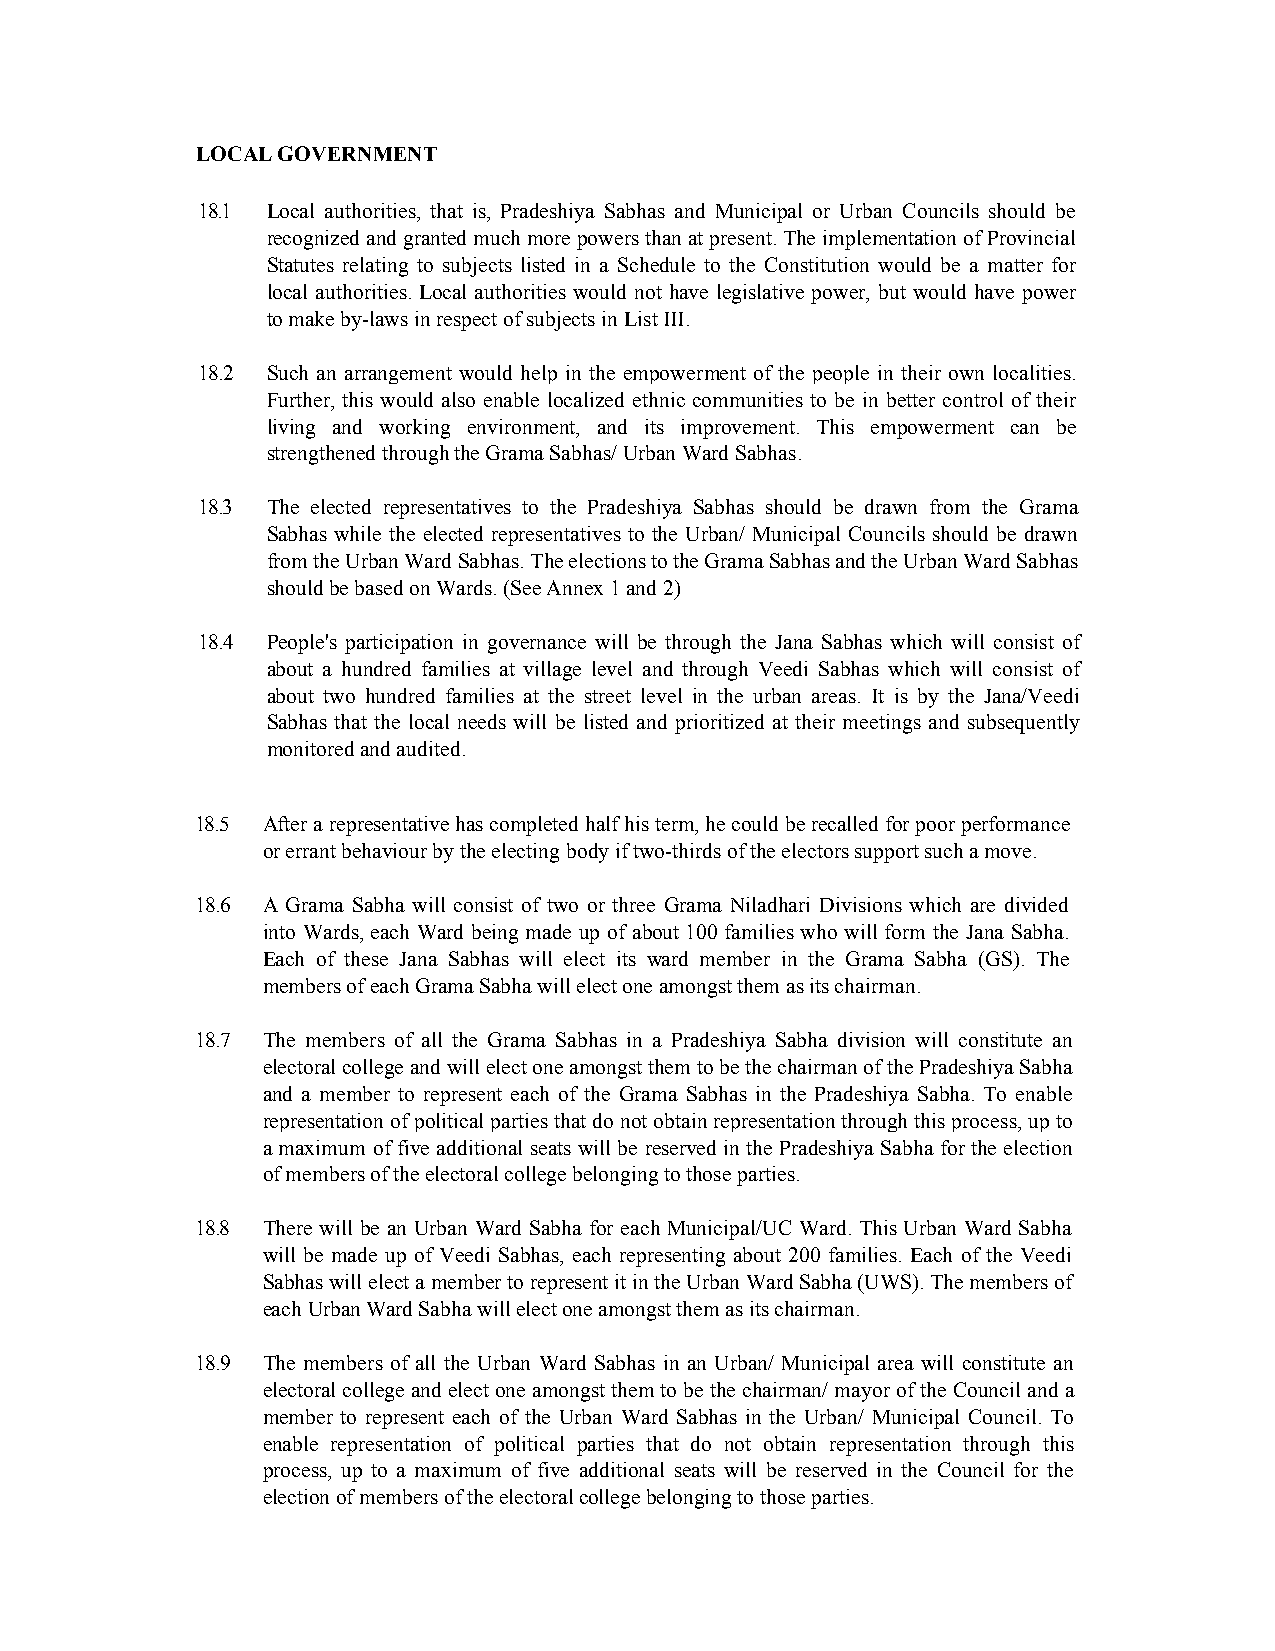
LOCAL GOVERNMENT
 18.1 Local authorities, that is, Pradeshiya Sabhas and Municipal or Urban Councils should be
 recognized and granted much more powers than at present. The implementation of Provincial
 Statutes relating to subjects listed in a Schedule to the Constitution would be a matter for
 local authorities. Local authorities would not have legislative power, but would have power
 to make by-laws in respect of subjects in List III.
 18.2 Such an arrangement would help in the empowerment of the people in their own localities.
 Further, this would also enable localized ethnic communities to be in better control of their
 living and working environment, and its improvement. This empowerment can be
 strengthened through the Grama Sabhas/ Urban Ward Sabhas.
 18.3 The elected representatives to the Pradeshiya Sabhas should be drawn from the Grama
 Sabhas while the elected representatives to the Urban/ Municipal Councils should be drawn
 from the Urban Ward Sabhas. The elections to the Grama Sabhas and the Urban Ward Sabhas
 should be based on Wards. (See Annex 1 and 2)
 18.4 People's participation in governance will be through the Jana Sabhas which will consist of
 about a hundred families at village level and through Veedi Sabhas which will consist of
 about two hundred families at the street level in the urban areas. It is by the Jana/Veedi
 Sabhas that the local needs will be listed and prioritized at their meetings and subsequently
 monitored and audited.
 18.5 After a representative has completed half his term, he could be recalled for poor performance
 or errant behaviour by the electing body if two-thirds of the electors support such a move.
 18.6 A Grama Sabha will consist of two or three Grama Niladhari Divisions which are divided
 into Wards, each Ward being made up of about 100 families who will form the Jana Sabha.
 Each of these Jana Sabhas will elect its ward member in the Grama Sabha (GS). The
 members of each Grama Sabha will elect one amongst them as its chairman.
 18.7 The members of all the Grama Sabhas in a Pradeshiya Sabha division will constitute an
 electoral college and will elect one amongst them to be the chairman of the Pradeshiya Sabha
 and a member to represent each of the Grama Sabhas in the Pradeshiya Sabha. To enable
 representation of political parties that do not obtain representation through this process, up to
 a maximum of five additional seats will be reserved in the Pradeshiya Sabha for the election
 of members of the electoral college belonging to those parties.
 18.8 There will be an Urban Ward Sabha for each Municipal/UC Ward. This Urban Ward Sabha
 will be made up of Veedi Sabhas, each representing about 200 families. Each of the Veedi
 Sabhas will elect a member to represent it in the Urban Ward Sabha (UWS). The members of
 each Urban Ward Sabha will elect one amongst them as its chairman.
 18.9 The members of all the Urban Ward Sabhas in an Urban/ Municipal area will constitute an
 electoral college and elect one amongst them to be the chairman/ mayor of the Council and a
 member to represent each of the Urban Ward Sabhas in the Urban/ Municipal Council. To
 enable representation of political parties that do not obtain representation through this
 process, up to a maximum of five additional seats will be reserved in the Council for the
 election of members of the electoral college belonging to those parties.